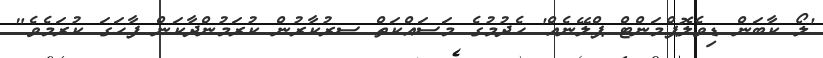
'ލޯ ކާބަން ޑިވެލޮޕްމަންޓް ޕްލޭނެއް' ހެދުމުގެ މަސައްކަތް ސރުކާރުން ކުރަމުންދާކަން ފާހަގަ ކުރަމެވެ"